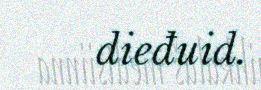
dieđuid.